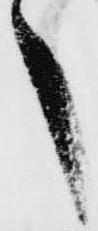
之